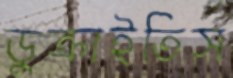
ডুক্‌রাইতিস